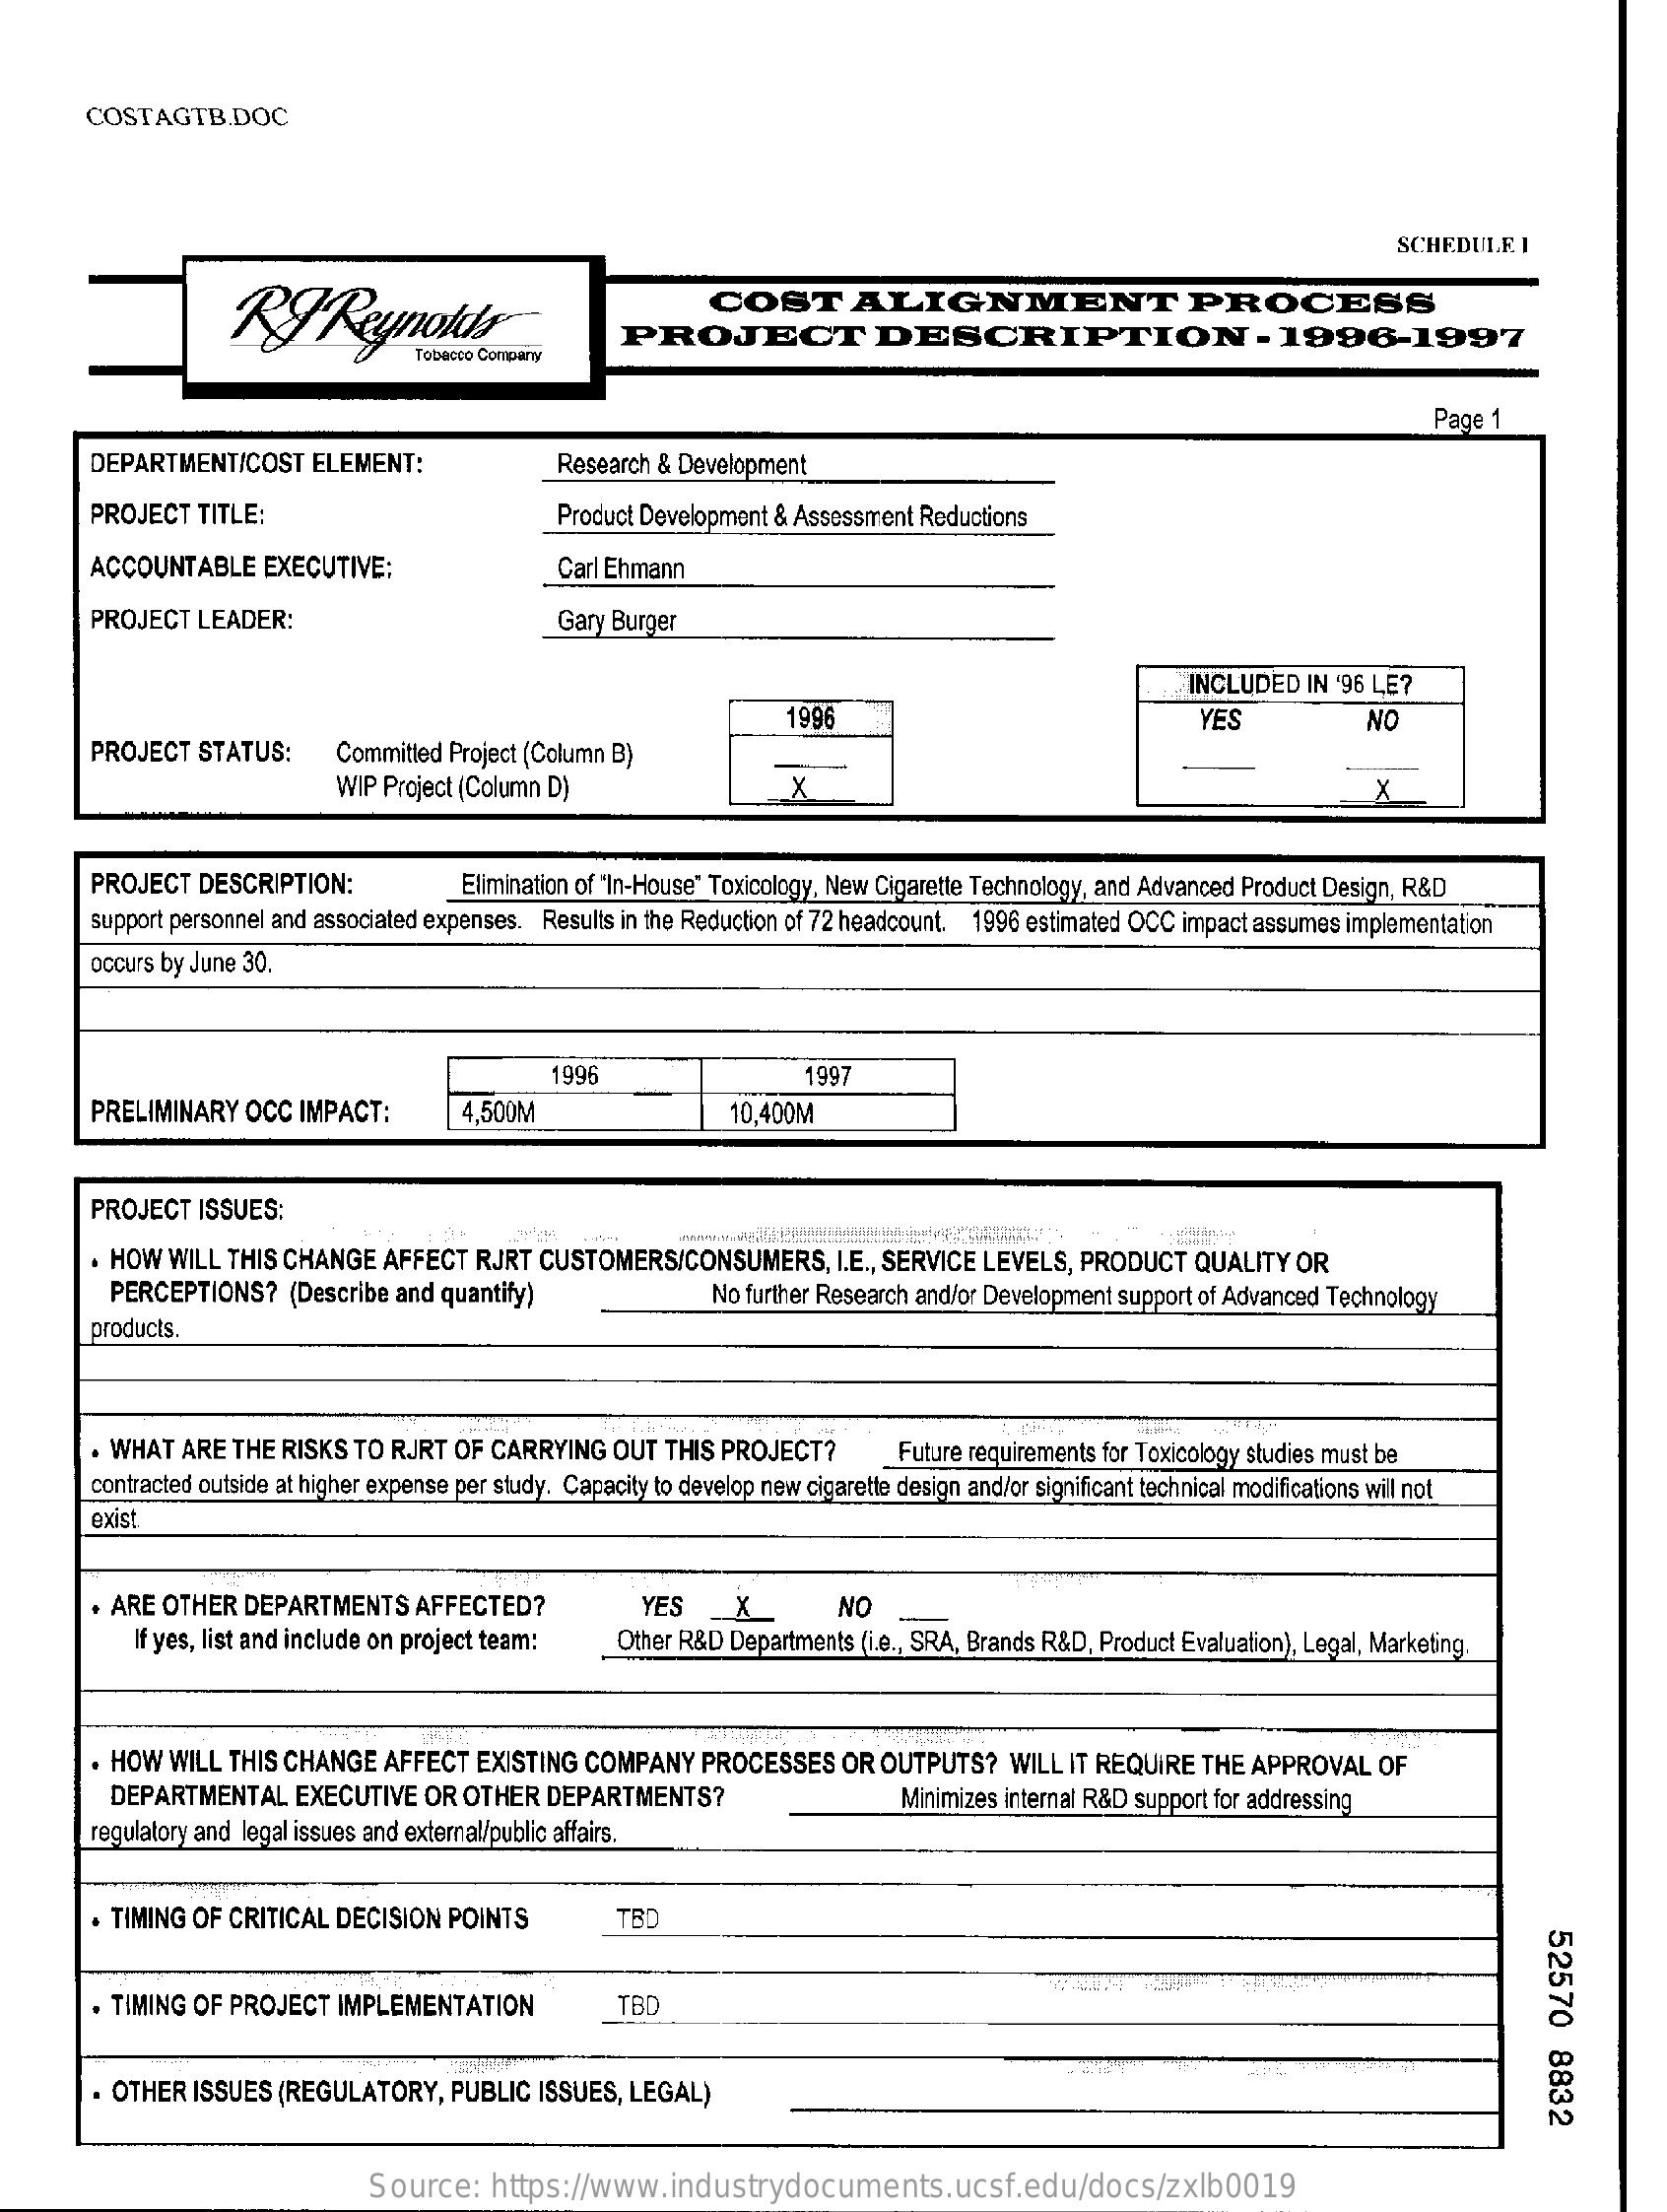
COSTAGTB.DOC
     SCHEDULE  I
     RPReynolds
     COST    ALIGNMENT    PROCESS
     PROJECT    DESCRIPTION    - 1996-1997
     Page 1
     DEPARTMENT/COST    ELEMENT:    Research & Development
     PROJECT   TITLE:    Product Development & Assessment Reductions
     ACCOUNTABLE    EXECUTIVE:    Carl Ehmann
     PROJECT   LEADER:    Gary Burger
     INCLUDED   IN '96 LE?
     1996    YES    NO
     PROJECT   STATUS:    Committed  Project (Column B)
     WIP Project (Column D)    X    X
     PROJECT  DESCRIPTION:    Elimination of "In-House" Toxicology, New Cigarette Technology, and Advanced Product Design, R&D
     support personnel and associated expenses. Results in the Reduction of 72 headcount. 1996 estimated OCC impact assumes implementation
     occurs by June 30.
     1996    1997
     PRELIMINARY   OCC  IMPACT:    4,500M    10,400M
     PROJECT   ISSUES:
     HOW  WILL  THIS CHANGE   AFFECT  RJRT  CUSTOMERS/CONSUMERS,    I.E ., SERVICE LEVELS, PRODUCT  QUALITY  OR
     PERCEPTIONS?    (Describe and quantify)    No further Research and/or Development support of Advanced Technology
     products.
     . WHAT ARE  THE RISKS  TO RJRT  OF CARRYING   OUT  THIS PROJECT?    Future requirements for Toxicology studies must be
     contracted outside at higher expense per study. Capacity to develop new cigarette design and/or significant technical modifications will not
     exist
     . ARE OTHER   DEPARTMENTS    AFFECTED?    NO
     If yes, list and include on project team:   Other R&D Departments (i.e ., SRA, Brands R&D, Product Evaluation), Legal, Marketing.
     YES   _X_
     HOW  WILL  THIS CHANGE   AFFECT  EXISTING  COMPANY   PROCESSES    OR  OUTPUTS?   WILL IT REQUIRE   THE APPROVAL   OF
     DEPARTMENTAL    EXECUTIVE  OR  OTHER  DEPARTMENTS?    Minimizes internal R&D support for addressing
     regulatory and legal issues and external/public affairs.
     . TIMING OF  CRITICAL DECISION   POINTS    TBD
     52570
     8832
     . TIMING OF PROJECT  IMPLEMENTATION    TBD
     . OTHER ISSUES  (REGULATORY,    PUBLIC  ISSUES, LEGAL)
     Source:    https://www.industrydocuments.ucsf.edu/docs/zxlb0019